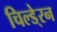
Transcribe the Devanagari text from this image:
चिल्डे्रन